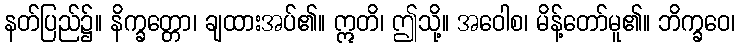
နတ်ပြည်၌။ နိက္ခတ္တော၊ ချထားအပ်၏။ ဣတိ၊ ဤသို့။ အဝေါစ၊ မိန့်တော်မူ၏။ ဘိက္ခဝေ၊